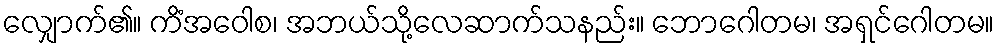
လျှောက်၏။ ကိံအဝေါစ၊ အဘယ်သို့လေဆာက်သနည်း။ ဘောဂေါတမ၊ အရှင်ဂေါတမ။